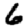
Digit: 6